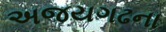
અજયગઢના